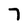
Character: 7